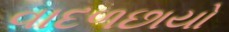
વાદળછાયો